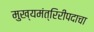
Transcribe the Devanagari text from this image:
मुख्यमंत्रिरीपदाचा